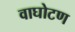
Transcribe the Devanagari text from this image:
वाघोटण